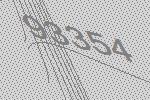
93354